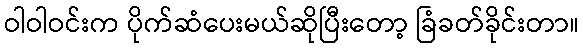
ဝါဝါဝင်းက ပိုက်ဆံပေးမယ်ဆိုပြီးတော့ ခြံခတ်ခိုင်းတာ။